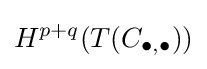
H^{p+q}(T(C_{\bullet ,\bullet }))